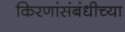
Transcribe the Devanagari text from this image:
किरणांसंबंधीच्या